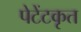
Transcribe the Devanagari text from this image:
पेटेंटकृत